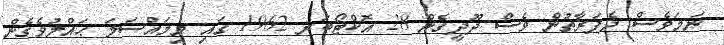
ނަމަވެސް ދެފަރާތުން ވެސް ދޫދީގެން 28 އޮކްޓޯބަރ 1962 ގައި މިމައްސަލަ ޙައްލުވެގެން